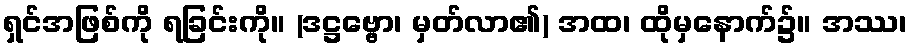
ရှင်အဖြစ်ကို ရခြင်းကို။ (ဒဋ္ဌဗ္ဗော၊ မှတ်လာ၏) အထ၊ ထိုမှနောက်၌။ အဿ၊